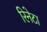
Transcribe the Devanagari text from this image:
रिनेटा